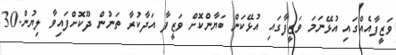
ވަޒީފާއެއްގައި އުޅޭނަމަ ވަޒީފާގައި އުޅޭކަން ބަޔާންކޮށް ވަޒީފާ އަދާކުރާ ތަނުން ދޫކޮށްފައިވާ ލިޔުން.30